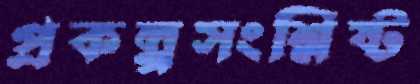
প্রকল্পসংশ্লিষ্ট